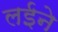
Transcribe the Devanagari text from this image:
लईने